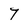
Character: 7